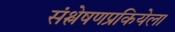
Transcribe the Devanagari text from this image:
संश्लेषणप्रकियेला